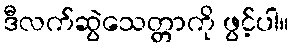
ဒီလက်ဆွဲသေတ္တာကို ဖွင့်ပါ။